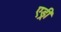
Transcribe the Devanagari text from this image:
एड्री